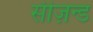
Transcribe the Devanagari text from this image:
सीज़न्ड